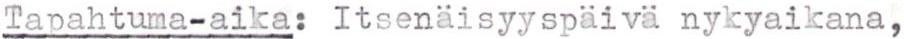
Tapahtuma-aika: Itsenäisyyspäivä nykyaikana,